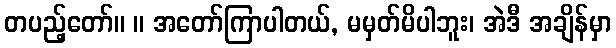
တပည့်တော်။ ။ အတော်ကြာပါတယ်, မမှတ်မိပါဘူး၊ အဲဒီ အချိန်မှာ